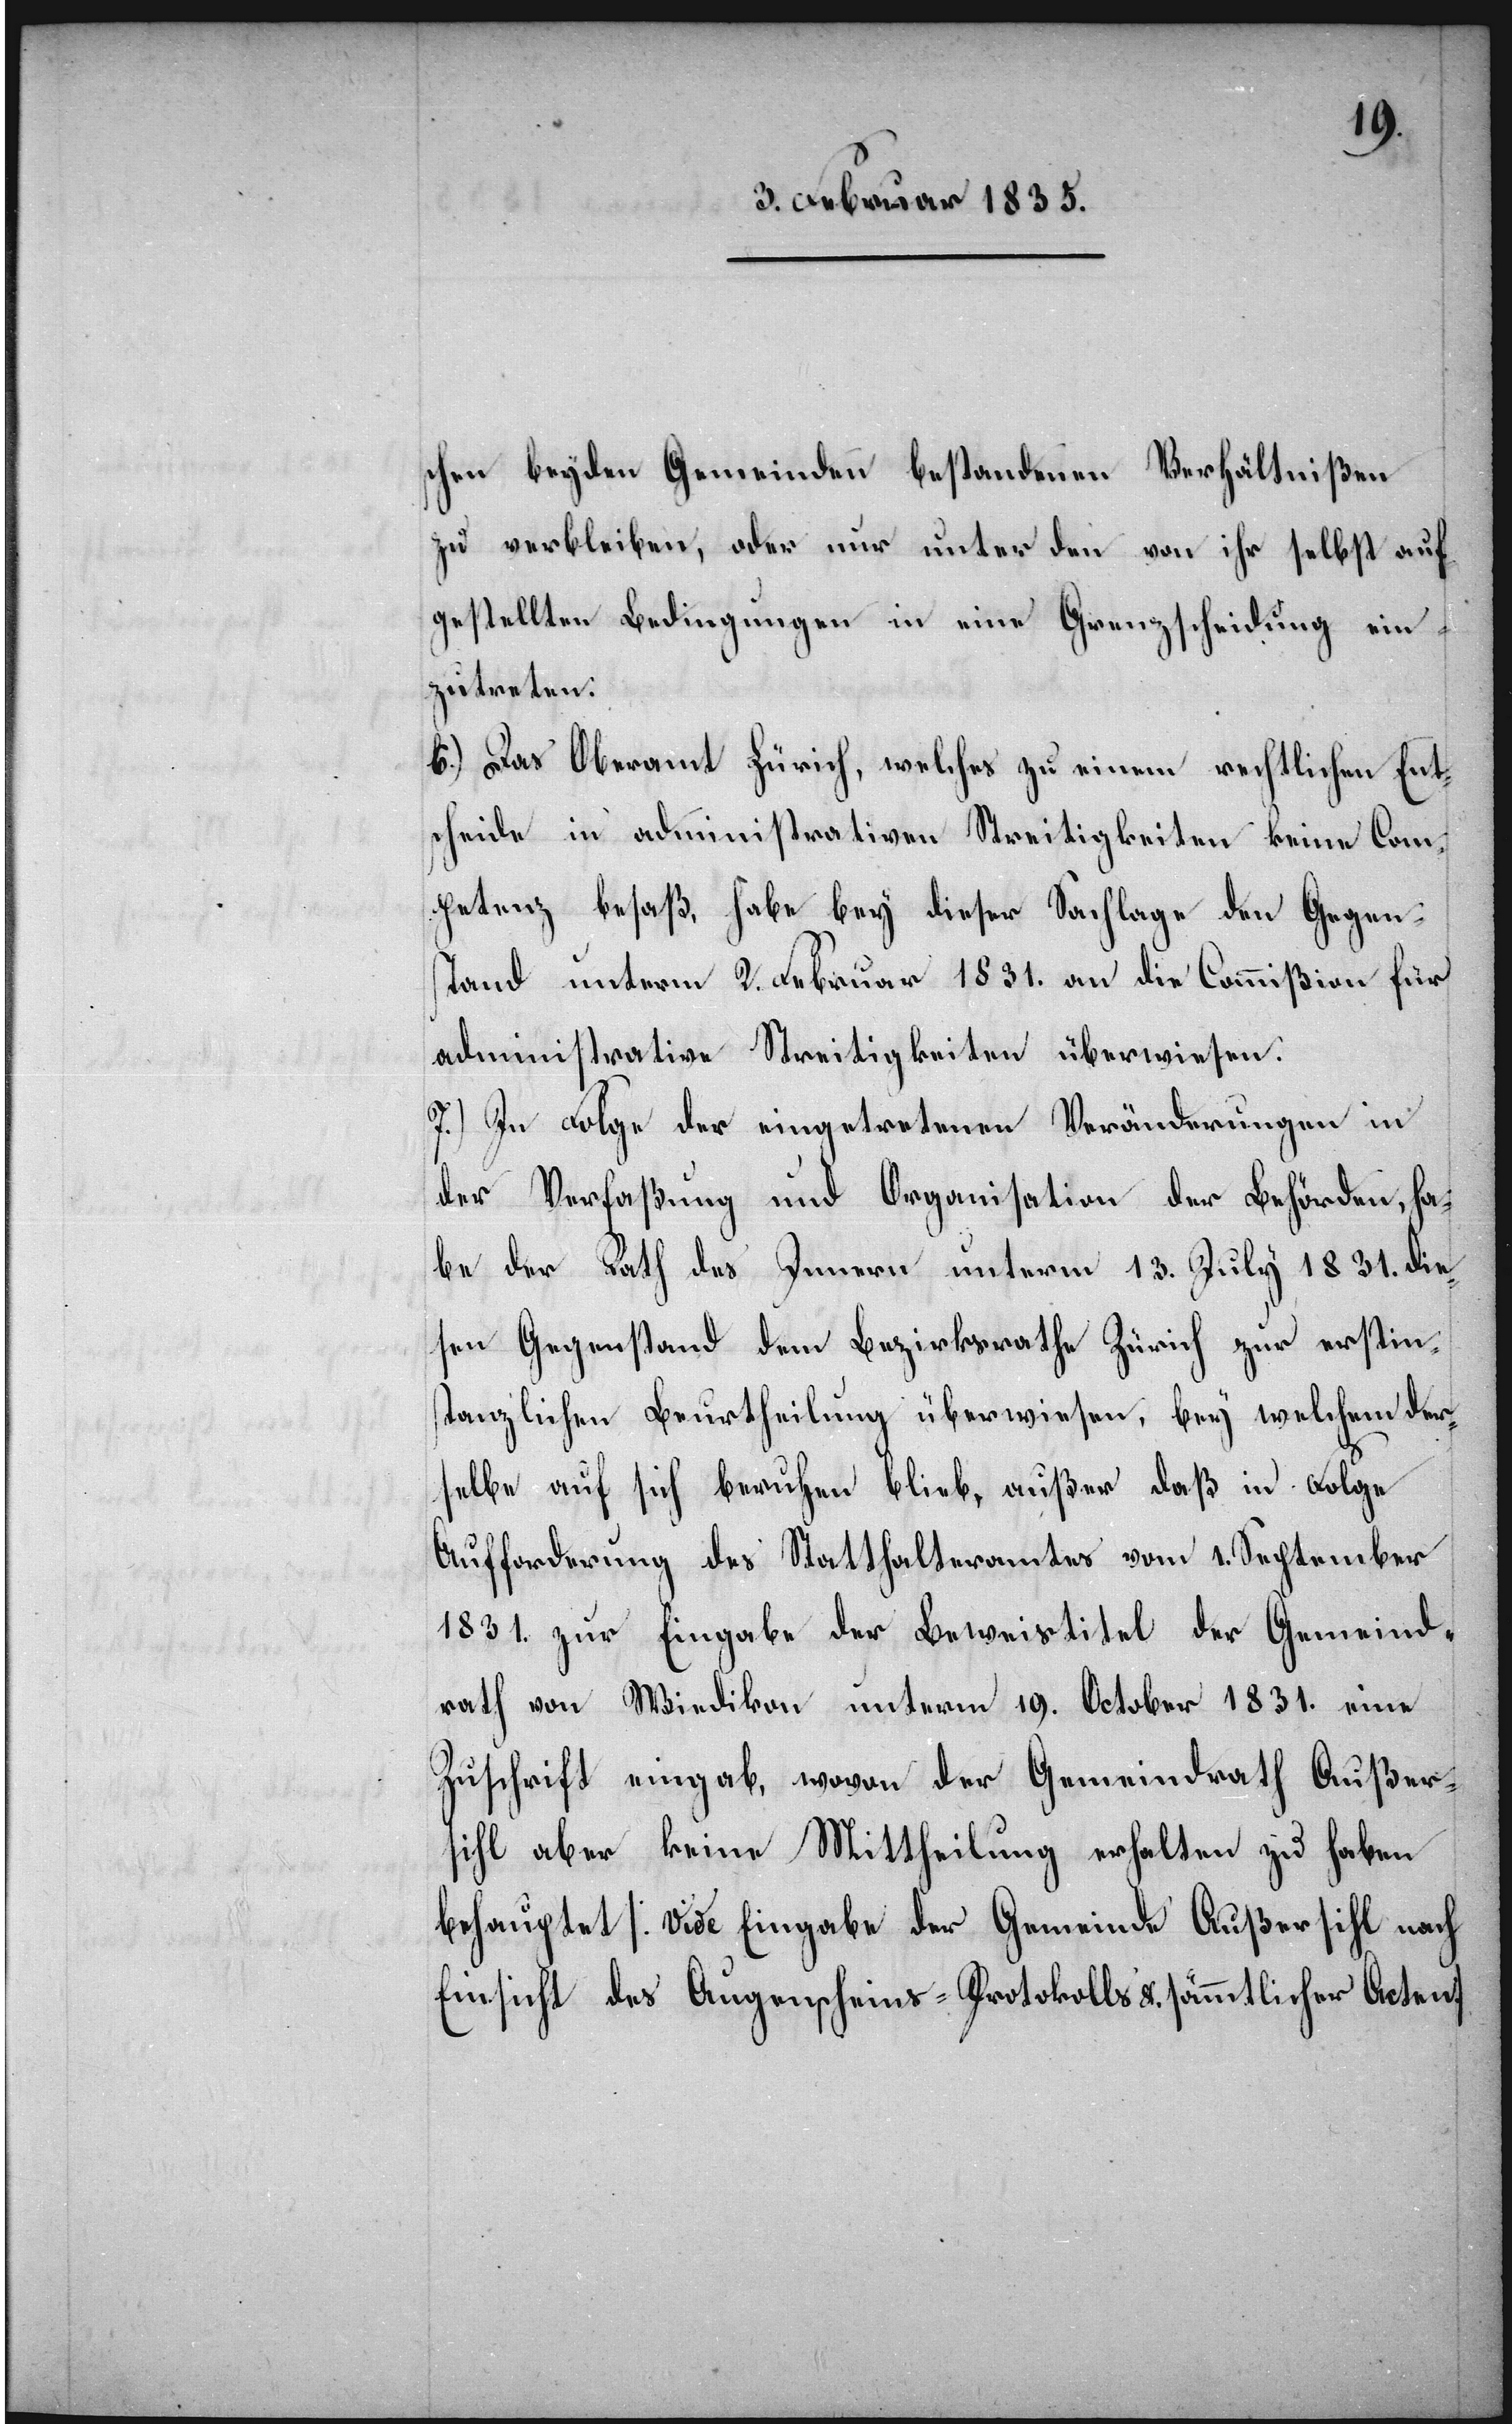
schen beyden Gemeinden bestandenen Verhältnißen
zu verbleiben, oder nur unter den von ihr selbst auf¬
gestellten Bedingungen in eine Grenzscheidung ein¬
zutreten.
6.) Das Oberamt Zürich, welches zu einem rechtlichen Ent¬
scheide in administrativen Streitigkeiten keine Com¬
petenz besaß, habe bey dieser Sachlage den Gegen¬
stand unterm 2. Februar 1831. an die Commißion für
administrative Streitigkeiten überwiesen.
7.) In Folge der eingetretenen Veränderungen in
der Verfaßung und Organisation der Behörden, ha¬
be der Rath des Innern unterm 13. July 1831. die¬
sen Gegenstand dem Bezirksrathe Zürich zur erstin¬
stanzlichen Beurtheilung überwiesen, bey welchem der¬
selbe auf sich beruhen blieb, außer daß in Folge
Aufforderung des Statthalteramtes vom 1. September
1831. zur Eingabe der Beweistitel der Gemeind¬
rath von Wiedikon unterm 19. October 1831. eine
Zuschrift eingab, wovon der Gemeindrath Außer¬
sihl aber keine Mittheilung erhalten zu haben
behauptet [vide Eingabe der Gemeinde Außersihl nach
Einsicht des Augenscheins-Protokolls &. sämmtlicher Acten.]